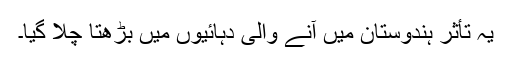
یہ تأثر ہندوستان میں آنے والی دہائیوں میں بڑھتا چلا گیا۔